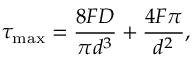
\tau _ { \mathrm { m a x } } = \frac { 8 F D } { \pi d ^ { 3 } } + \frac { 4 F \pi } { d ^ { 2 } } ,